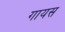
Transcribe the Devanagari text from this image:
गायस